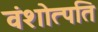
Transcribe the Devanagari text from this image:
वंशोत्पति